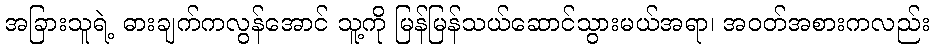
အခြားသူရဲ့ ဓားချက်ကလွန်အောင် သူ့ကို မြန်မြန်သယ်ဆောင်သွားမယ်အရာ၊ အဝတ်အစားကလည်း